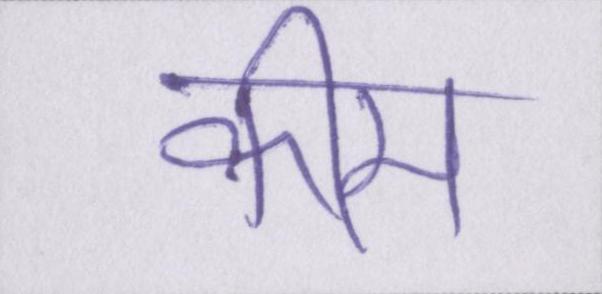
कीम